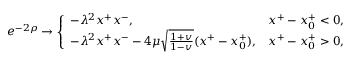
e ^ { - 2 \rho } \rightarrow \left\{ \begin{array} { l l } { { - \lambda ^ { 2 } x ^ { + } x ^ { - } , } } & { { x ^ { + } - x _ { 0 } ^ { + } < 0 , } } \\ { { - \lambda ^ { 2 } x ^ { + } x ^ { - } - 4 \mu \sqrt { \frac { 1 + v } { 1 - v } } ( x ^ { + } - x _ { 0 } ^ { + } ) , } } & { { x ^ { + } - x _ { 0 } ^ { + } > 0 , } } \end{array} \right.